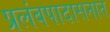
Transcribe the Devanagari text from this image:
प्रलंबपादासनात